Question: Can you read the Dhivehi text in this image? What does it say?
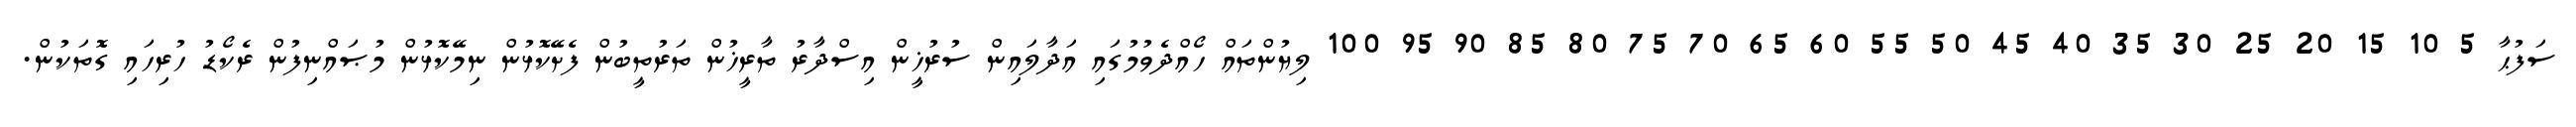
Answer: ސަފުޙާ 5 10 15 20 25 30 35 40 45 50 55 60 65 70 75 80 85 90 95 100 ލިޔުންތައް ހޯއްދެވުމުގައި އަދާލައިން ސުރުޚީން އިސްދާރު ތާރީޚުން ތަރުތީބުން ފެށޭކޮޅުން ނިމޭކޮޅުން މުޞައްނިފުން ރެކޯޑު ހުރިހައި ގޮތަކުން.